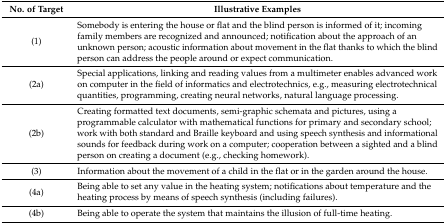
<table><thead><tr><td><b>No. of Target</b></td><td><b>Illustrative Examples</b></td></tr></thead><tbody><tr><td>(1)</td><td>Somebody is entering the house or flat and the blind person is informed of it; incoming family members are recognized and announced; notification about the approach of an unknown person; acoustic information about movement in the flat thanks to which the blind person can address the people around or expect communication. </td></tr><tr><td>(2a)</td><td>Special applications, linking and reading values from a multimeter enables advanced work on computer in the field of informatics and electrotechnics, e.g., measuring electrotechnical quantities, programming, creating neural networks, natural language processing.</td></tr><tr><td>(2b)</td><td>Creating formatted text documents, semi-graphic schemata and pictures, using a programmable calculator with mathematical functions for primary and secondary school; work with both standard and Braille keyboard and using speech synthesis and informational sounds for feedback during work on a computer; cooperation between a sighted and a blind person on creating a document (e.g., checking homework).</td></tr><tr><td>(3)</td><td>Information about the movement of a child in the flat or in the garden around the house.</td></tr><tr><td>(4a)</td><td>Being able to set any value in the heating system; notifications about temperature and the heating process by means of speech synthesis (including failures).</td></tr><tr><td>(4b)</td><td>Being able to operate the system that maintains the illusion of full-time heating.</td></tr></tbody></table>